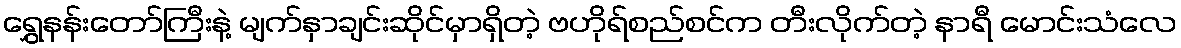
ရွှေနန်းတော်ကြီးနဲ့ မျက်နှာချင်းဆိုင်မှာရှိတဲ့ ဗဟိုရ်စည်စင်က တီးလိုက်တဲ့ နာရီ မောင်းသံလေ